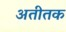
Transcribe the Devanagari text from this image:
अतीतक